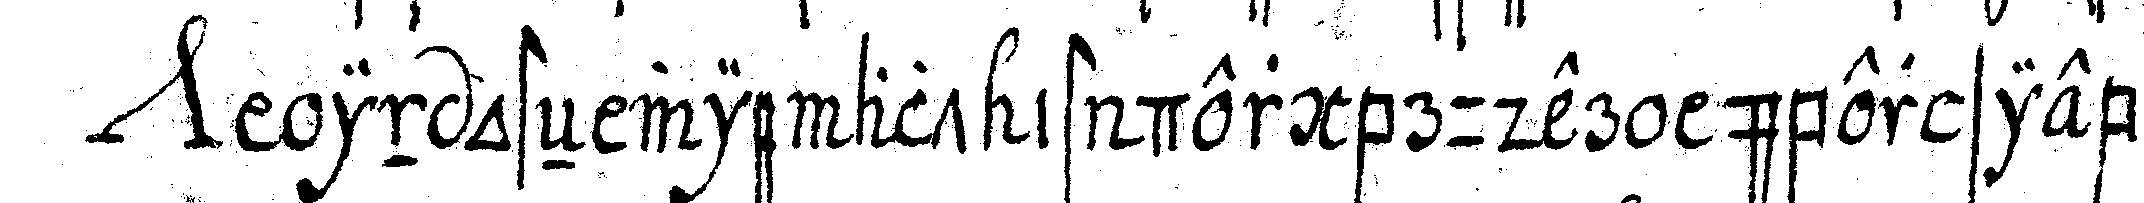
*nee*  in osteN wie alt ist der bruder über siebeN